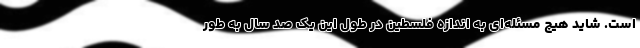
است. شاید هیچ مسئله‌ای به اندازه فلسطین در طول این یک صد سال به طور